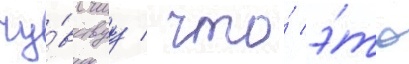
чу́вствуу / что́ э́то